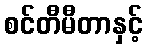
စင်တီမီတာနှင့်